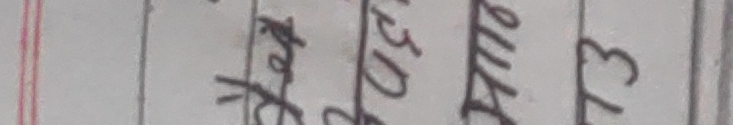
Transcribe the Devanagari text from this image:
कठिन लाग्छ ३